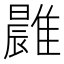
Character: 𩀭